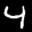
Label: 4